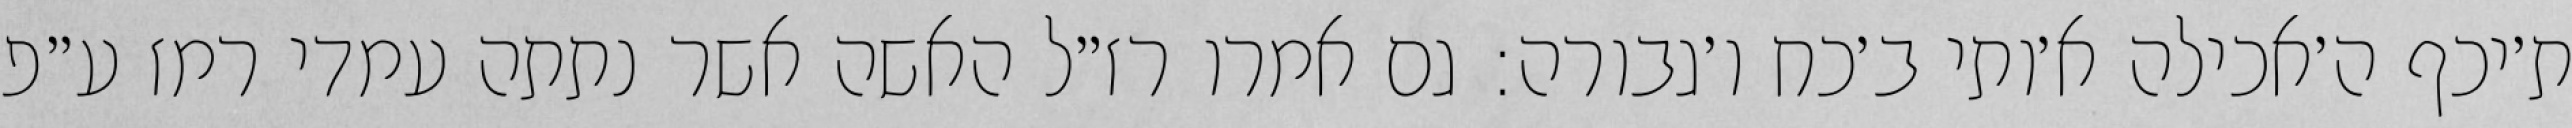
ת׳יכף ה׳אכילה א׳ותי ב׳כח ו׳גבורה: גם אמרו רז״ל האשה אשר נתתה עמדי רמז ע״פ